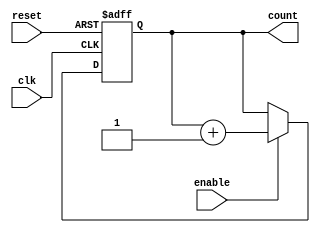
module cascaded_counter #(
    parameter N = 4 // Parameter to define the width of the counter
) (
    input wire clk,        // Clock signal
    input wire reset,      // Asynchronous reset signal
    input wire enable,     // Enable signal
    output reg [N-1:0] count // Output count value
);

// Always block triggered on clock's rising edge
always @(posedge clk or posedge reset) begin
    if (reset) begin
        count <= 0; // Reset count to zero
    end else if (enable) begin
        count <= count + 1; // Increment the count on enable
    end
end

endmodule